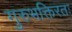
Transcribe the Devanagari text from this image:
गुरुभक्तिरतः